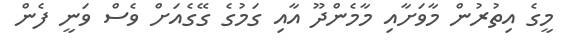
މީގެ އިތުރުން މާވަށާއި މާމެންދޫ އާއި ގަމުގެ ގޭގެއަށް ވެސް ވަނީ ފެން